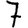
Digit: 7